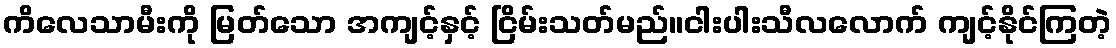
ကိလေသာမီးကို မြတ်သော အကျင့်နှင့် ငြိမ်းသတ်မည်။ငါးပါးသီလလောက် ကျင့်နိုင်ကြတဲ့